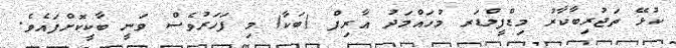
ކުޅޭ ތަޖުރިބާކާރު މިޑްފީލްޑަރ މުހައްމަދު އާރިފް (ބަކާ) މި ފަހަރުވެސް ވަނީ ބާކީކޮށްފައެވެ.